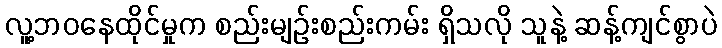
လူ့ဘဝနေထိုင်မှုက စည်းမျဉ်းစည်းကမ်း ရှိသလို သူနဲ့ ဆန့်ကျင်စွာပဲ